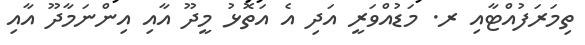
ތިމަރަފުއްޓާއި ރ. މަޑުއްވަރީ އަދި އެ އަތޮޅު މީދޫ އާއި އިންނަމާދޫ އާއި